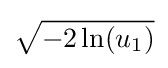
{\sqrt {-2\ln(u_{1})}}